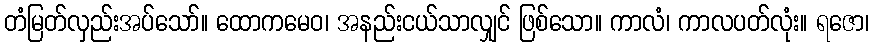
တံမြတ်လှည်းအပ်သော်။ ထောကမေဝ၊ အနည်းငယ်သာလျှင် ဖြစ်သော။ ကာလံ၊ ကာလပတ်လုံး။ ရဇော၊